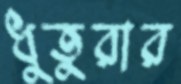
ধুতুরার